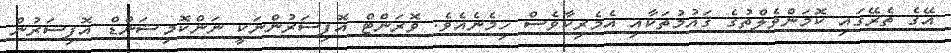
އޭގެ ތެރޭގައި ކޮމަންވެލްތުގެ ޤައުމުތަކާއި އެމެރިކާވެސް ހިމެނެއެވެ. ވޮރަންޓް އޮފިސަރުންނަކީ ނަންކޮމިޝަންޑް އޮފިސަރުން